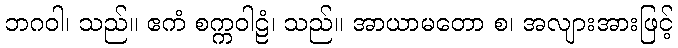
ဘဂဝါ၊ သည်။ ဧကံ စက္ကဝါဠံ၊ သည်။ အာယာမတော စ၊ အလျားအားဖြင့်